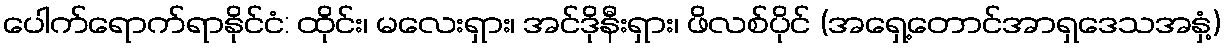
ပေါက်ရောက်ရာနိုင်ငံ: ထိုင်း၊ မလေးရှား၊ အင်ဒိုနီးရှား၊ ဖိလစ်ပိုင် (အရှေ့တောင်အာရှဒေသအနှံ့)